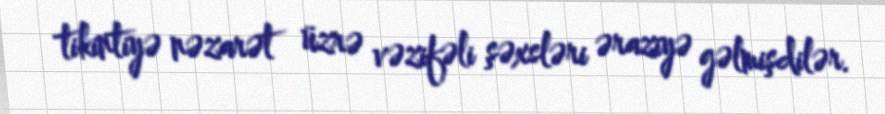
tikintiyə nəzarət üzrə vəzifəli şəxsləri əraziyə gəlmişdilər.